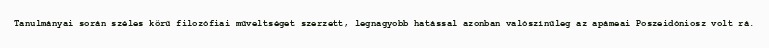
Tanulmányai során széles körű filozófiai műveltséget szerzett, legnagyobb hatással azonban valószínűleg az apámeai Poszeidóniosz volt rá.